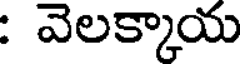
: వెలక్కాయ